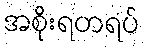
အစိုးရတရပ်